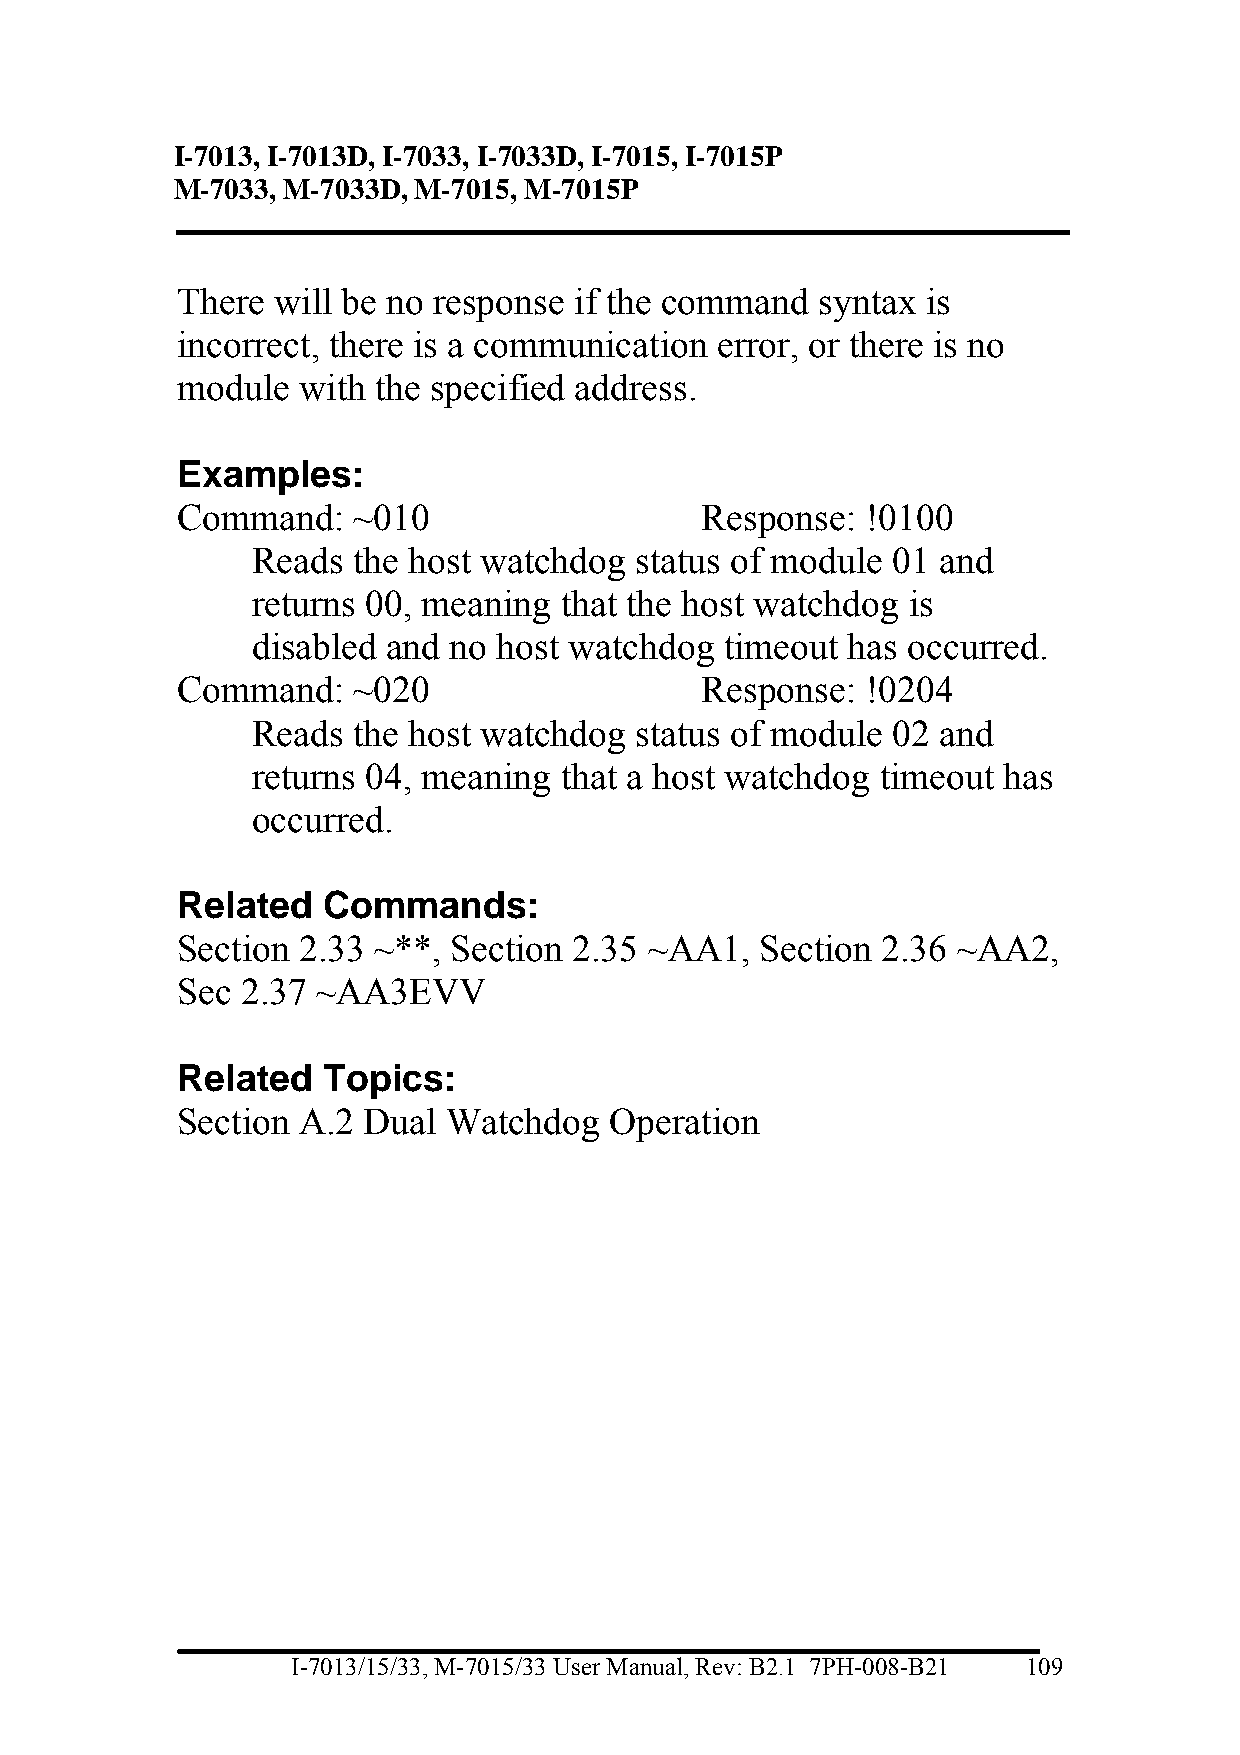
I-7013, I-7013D, I-7033, I-7033D, I-7015, I-7015P
 M-7033, M-7033D, M-7015, M-7015P
 There will be no response if the command  syntax is
 incorrect, there is a communication error, or there is no
 module  with the specified address.
 Examples:
 Command:   ~010                   Response:  !0100
 Reads the host watchdog  status of module 01 and
 returns 00, meaning that the host watchdog is
 disabled and no host watchdog  timeout has occurred.
 Command:   ~020                   Response:  !0204
 Reads the host watchdog  status of module 02 and
 returns 04, meaning that a host watchdog timeout has
 occurred.
 Related  Commands:
 Section 2.33 ~**, Section 2.35 ~AA1,  Section 2.36 ~AA2,
 Sec 2.37 ~AA3EVV
 Related  Topics:
 Section A.2 Dual  Watchdog  Operation
 I-7013/15/33, M-7015/33 User Manual, Rev: B2.1 7PH-008-B21 109